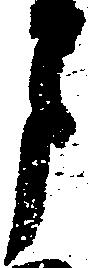
月